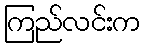
ကြည်လင်းက